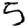
Digit: 5